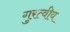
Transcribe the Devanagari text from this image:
गुरत्वीय